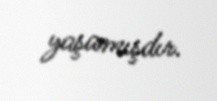
yaşamışdır.